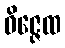
ဝိဇ္ဇေထ